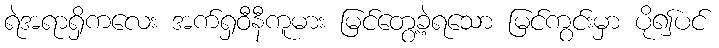
ရဲအရာရှိကလေး အက်ရှဝီနီကူမား မြင်တွေ့ခဲ့ရသော မြင်ကွင်းမှာ ပို၍ပင်